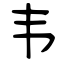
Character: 韦